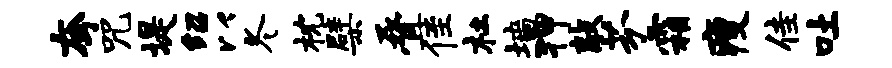
夸咒堤绍以冬枕檗叠侄杜墙狎敲芬霜瘦佳吐